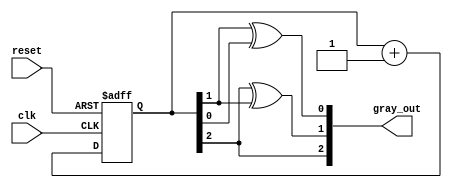
module gray_code_async_counter (
    input wire clk,           // Clock input
    input wire reset,         // Asynchronous reset
    output reg [2:0] gray_out // 3-bit Gray code output
);

    // Internal binary counter (3 bits)
    reg [2:0] binary_count;

    // Gray code conversion function
    function [2:0] binary_to_gray;
        input [2:0] binary;
        begin
            binary_to_gray = {binary[2], binary[2] ^ binary[1], binary[1] ^ binary[0]};
        end
    endfunction

    // Asynchronous reset and counting logic
    always @(posedge clk or posedge reset) begin
        if (reset) begin
            binary_count <= 3'b000; // Reset binary counter to 0
        end else begin
            binary_count <= binary_count + 1; // Increment binary counter
        end
    end

    // Update Gray code output
    always @(binary_count) begin
        gray_out <= binary_to_gray(binary_count); // Convert binary to Gray code
    end

endmodule